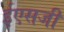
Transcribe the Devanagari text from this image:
ईएसजी